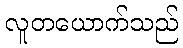
လူတယောက်သည်